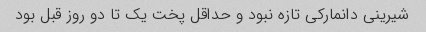
شیرینی دانمارکی تازه نبود و حداقل پخت یک تا دو روز قبل بود